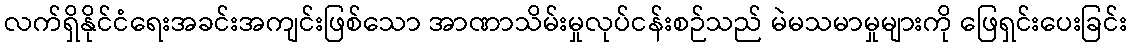
လက်ရှိနိုင်ငံရေးအခင်းအကျင်းဖြစ်သော အာဏာသိမ်းမှုလုပ်ငန်းစဉ်သည် မဲမသမာမှုများကို ဖြေရှင်းပေးခြင်း